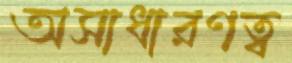
অসাধারণত্ব